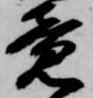
竟